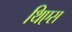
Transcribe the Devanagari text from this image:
थिएस